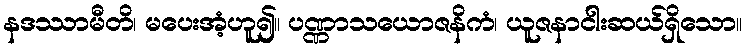
နဒဿာမီတိ၊ မပေးအံ့ဟူ၍။ ပဏ္ဏာသယောဇနိကံ၊ ယူဇနာငါးဆယ်ရှိသော။